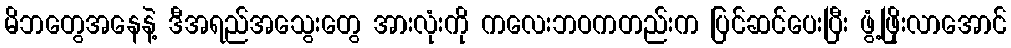
မိဘတွေအနေနဲ့ ဒီအရည်အသွေးတွေ အားလုံးကို ကလေးဘဝကတည်းက ပြင်ဆင်ပေးပြီး ဖွံ့ဖြိုးလာအောင်